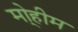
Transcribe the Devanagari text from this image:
मो्हीम